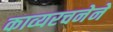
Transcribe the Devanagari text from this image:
काव्यरचनेने